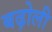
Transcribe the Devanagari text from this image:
बढ़ोली